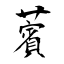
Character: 薲